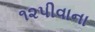
૧૨પીવાના